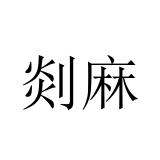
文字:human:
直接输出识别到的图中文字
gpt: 剡麻